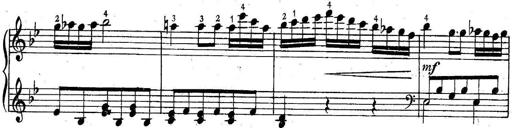
Title: 6 Easy Sonatinas
Composer: Carl Czerny